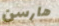
هارسن